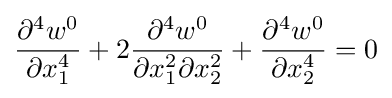
{\frac {\partial ^{4}w^{0}}{\partial x_{1}^{4}}}+2{\frac {\partial ^{4}w^{0}}{\partial x_{1}^{2}\partial x_{2}^{2}}}+{\frac {\partial ^{4}w^{0}}{\partial x_{2}^{4}}}=0